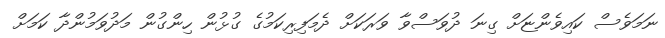
ނަމަވެސް ކައިވެންޏަށް ގިނަ ދުވަސްވާ ވަރަކަށް ދެމަފިރިކަމުގެ ގުޅުން ހިންގުން މަދުވަމުންދާ ކަމަށް